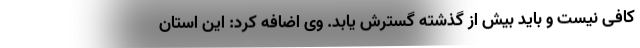
کافی نیست و باید بیش از گذشته گسترش یابد. وی اضافه کرد: این استان